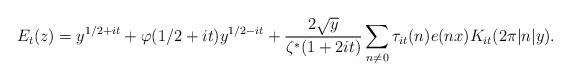
LaTeX: \begin{align*} E_t(z) = y^{1/2 + it} + \varphi(1/2+it) y^{1/2-it} + \frac{2 \sqrt{y}}{\zeta^*(1+2it)} \sum_{n \neq 0} \tau_{it}(n) e(nx) K_{it}(2 \pi |n| y).\end{align*}